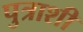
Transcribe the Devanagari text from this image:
पुत्राशी